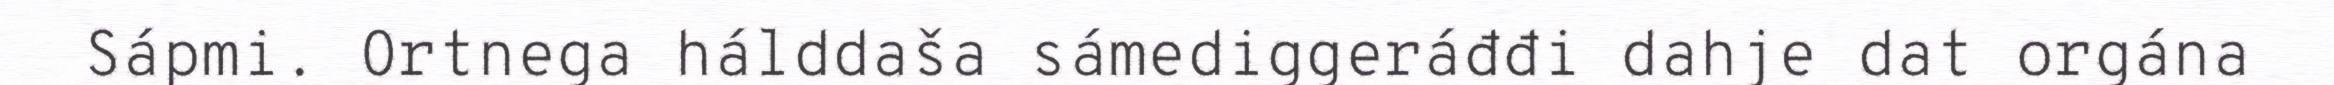
Sápmi. Ortnega hálddaša sámediggeráđđi dahje dat orgána